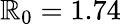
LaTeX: \mathbb{R}_{0}=1.74